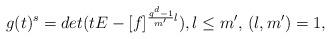
LaTeX: \begin{align*}g(t)^s = det (tE - [f]^{\frac{q^d-1}{m'}l}), l \leq m', \, (l, m') = 1,\end{align*}